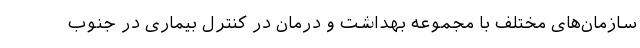
سازمان‌های مختلف با مجموعه بهداشت و درمان در کنترل بیماری در جنوب